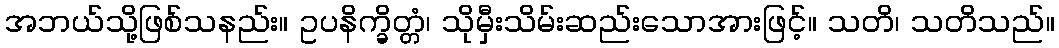
အဘယ်သို့ဖြစ်သနည်း။ ဥပနိက္ခိတ္တံ၊ သိုမှီးသိမ်းဆည်းသောအားဖြင့်။ သတိ၊ သတိသည်။